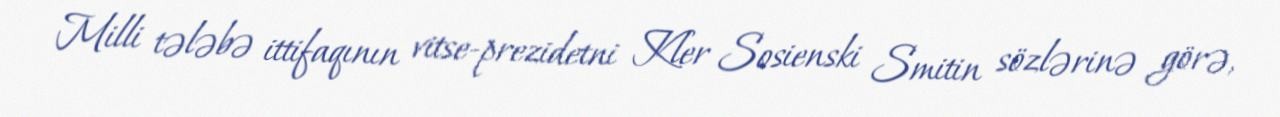
Milli tələbə ittifaqının vitse-prezidetni Kler Sosienski Smitin sözlərinə görə,